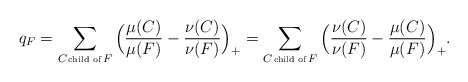
\begin{align*}q_F=\sum_{C \!\hbox{\tiny{ child of }}\! F}\Big(\frac{\mu(C)}{\mu(F)}-\frac{\nu(C)}{\nu(F)} \Big)_+=\sum_{C \!\hbox{\tiny{ child of }}\! F}\Big(\frac{\nu(C)}{\nu(F)}-\frac{\mu(C)}{\mu(F)} \Big)_+.\end{align*}